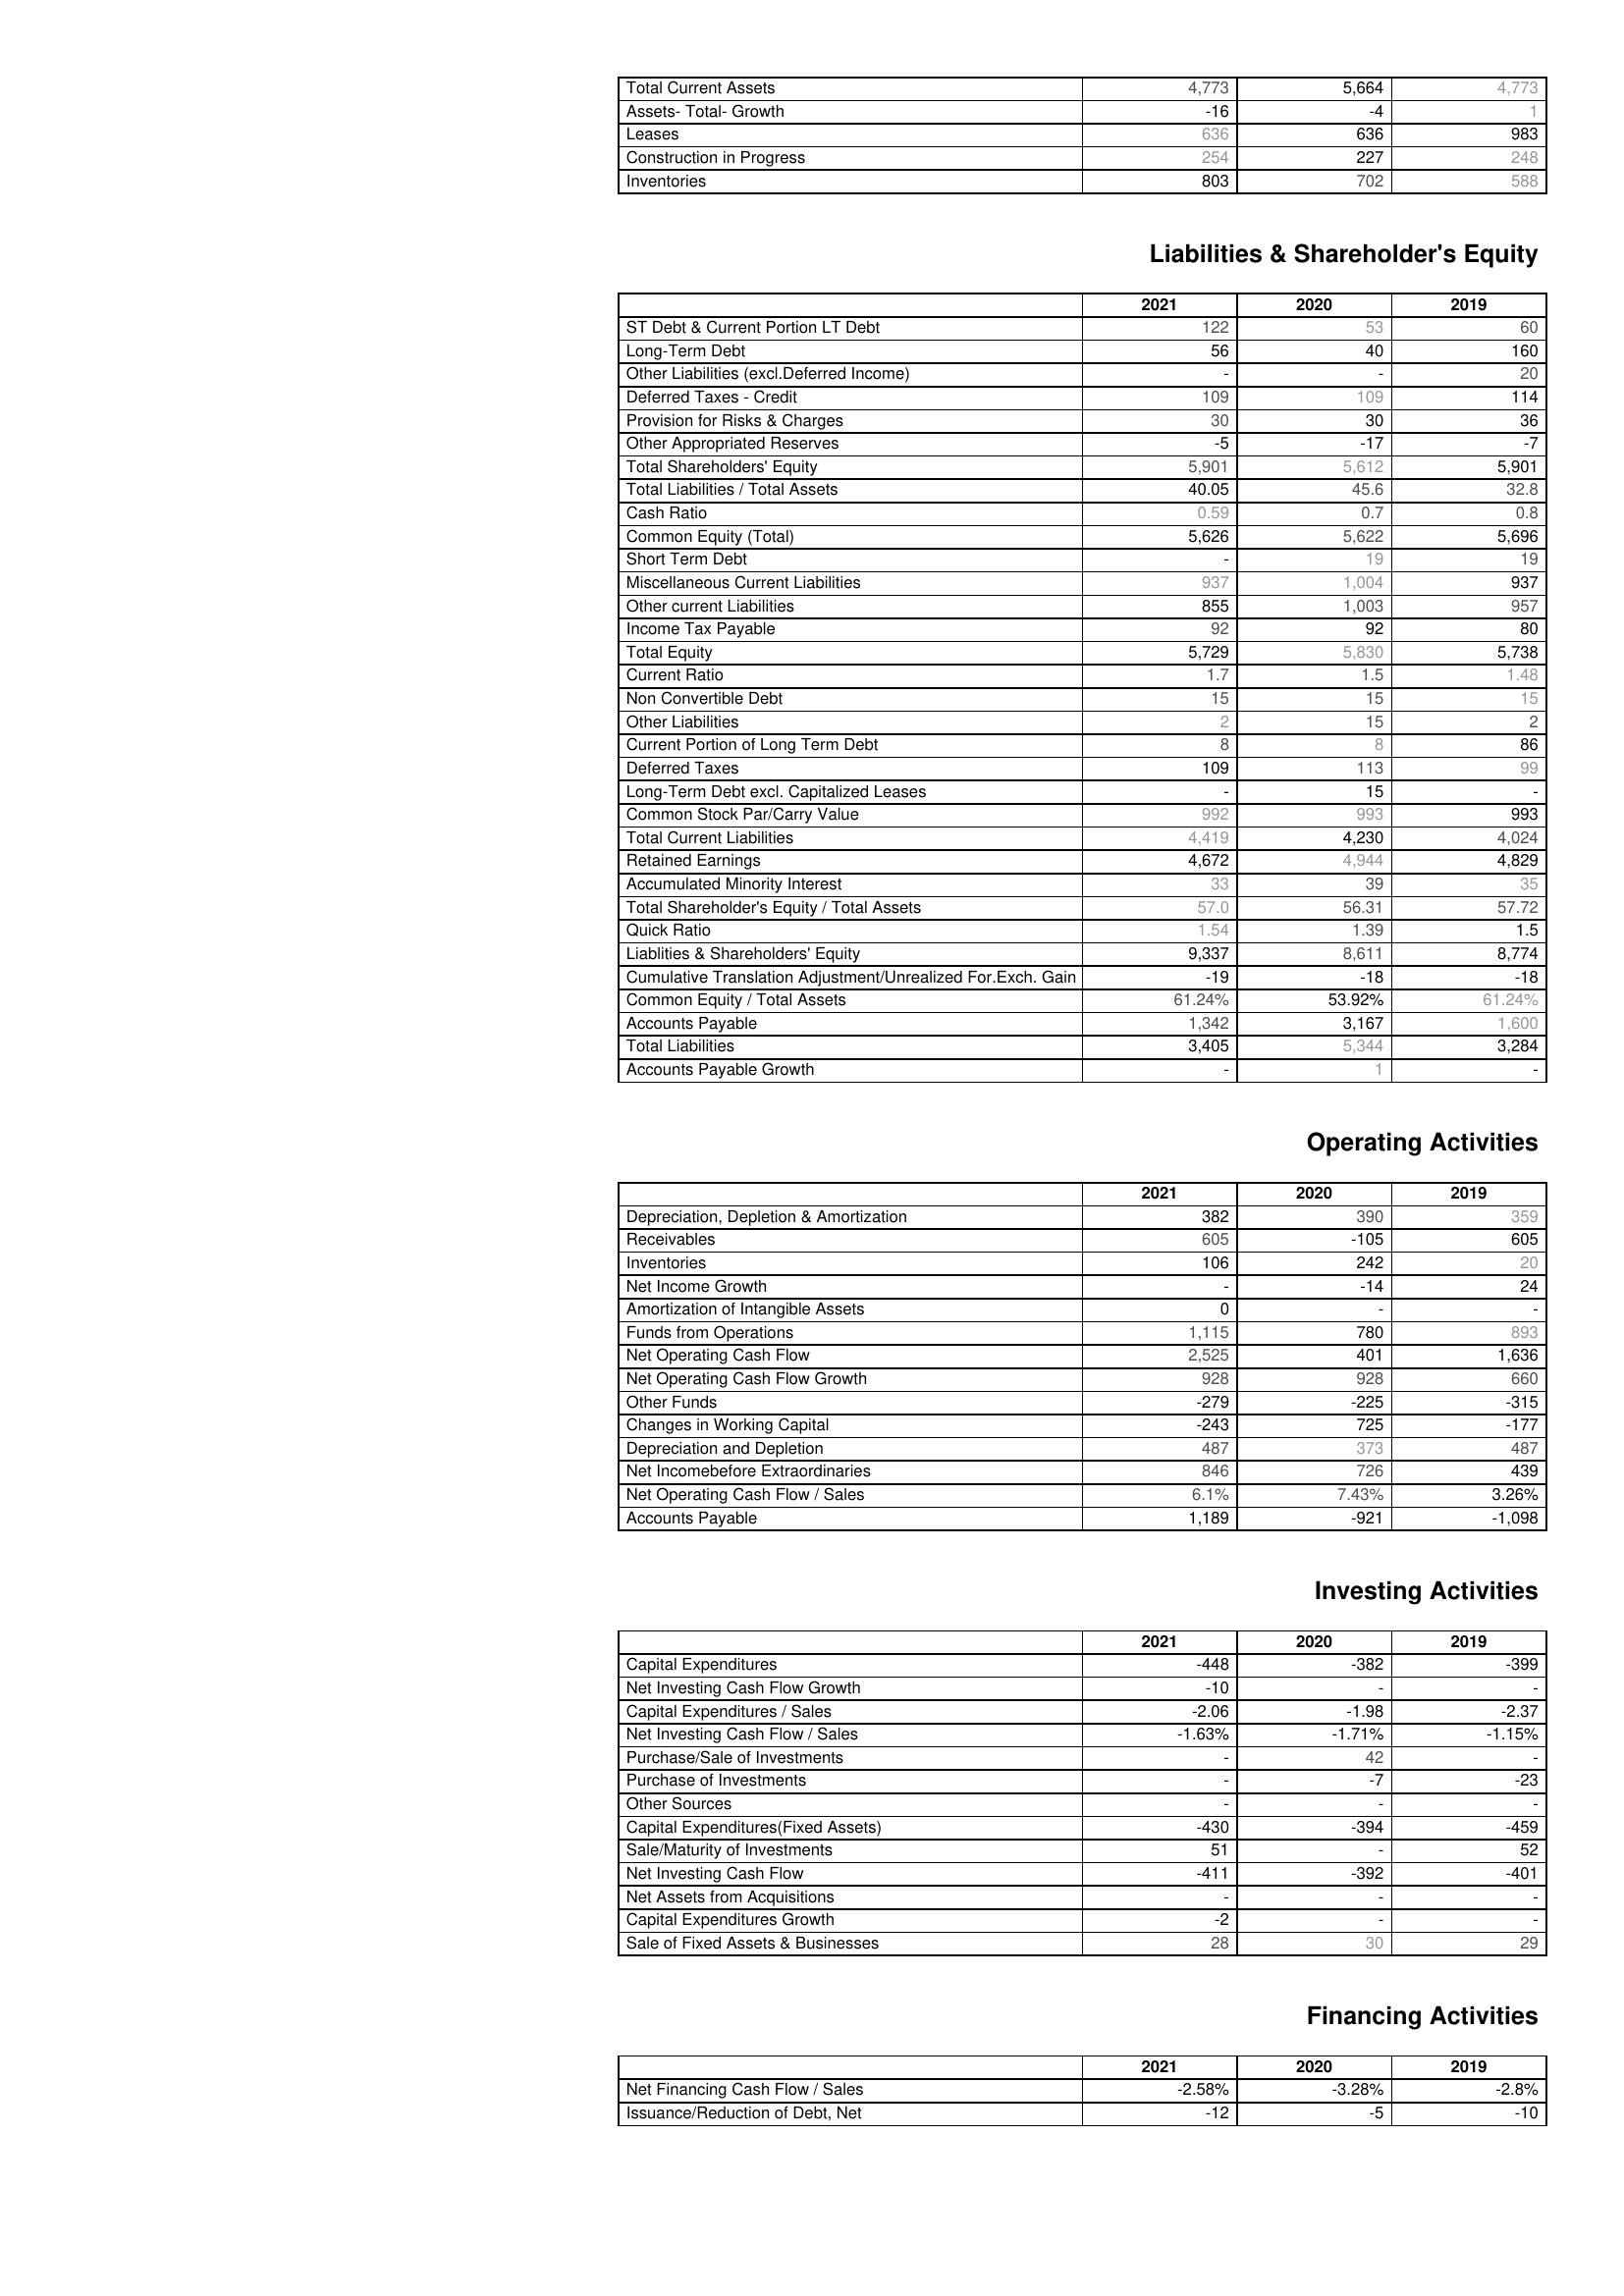
2021: Assets: Total Current Assets: 4,773
Assets- Total- Growth: -16
Leases: 636
Construction in Progress: 254
Inventories: 803
Liabilities & Shareholder's Equity: ST Debt & Current Portion LT Debt: 122
Long-Term Debt: 56
Other Liabilities (excl.Deferred Income): -
Deferred Taxes - Credit: 109
Provision for Risks & Charges: 30
Other Appropriated Reserves: -5
Total Shareholders' Equity: 5,901
Total Liabilities / Total Assets: 40.05
Cash Ratio: 0.59
Common Equity (Total): 5,626
Short Term Debt: -
Miscellaneous Current Liabilities: 937
Other current Liabilities: 855
Income Tax Payable: 92
Total Equity: 5,729
Current Ratio: 1.7
Non Convertible Debt: 15
Other Liabilities: 2
Current Portion of Long Term Debt: 8
Deferred Taxes: 109
Long-Term Debt excl. Capitalized Leases: -
Common Stock Par/Carry Value: 992
Total Current Liabilities: 4,419
Retained Earnings: 4,672
Accumulated Minority Interest: 33
Total Shareholder's Equity / Total Assets: 57.0
Quick Ratio: 1.54
Liablities & Shareholders' Equity: 9,337
Cumulative Translation Adjustment/Unrealized For.Exch. Gain: -19
Common Equity / Total Assets: 61.24%
Accounts Payable: 1,342
Total Liabilities: 3,405
Accounts Payable Growth: -
Operating Activities: Depreciation, Depletion & Amortization: 382
Receivables: 605
Inventories: 106
Net Income Growth: -
Amortization of Intangible Assets: 0
Funds from Operations: 1,115
Net Operating Cash Flow: 2,525
Net Operating Cash Flow Growth: 928
Other Funds: -279
Changes in Working Capital: -243
Depreciation and Depletion: 487
Net Incomebefore Extraordinaries: 846
Net Operating Cash Flow / Sales: 6.1%
Accounts Payable: 1,189
Investing Activities: Capital Expenditures: -448
Net Investing Cash Flow Growth: -10
Capital Expenditures / Sales: -2.06
Net Investing Cash Flow / Sales: -1.63%
Purchase/Sale of Investments: -
Purchase of Investments: -
Other Sources: -
Capital Expenditures(Fixed Assets): -430
Sale/Maturity of Investments: 51
Net Investing Cash Flow: -411
Net Assets from Acquisitions: -
Capital Expenditures Growth: -2
Sale of Fixed Assets & Businesses: 28
Financing Activities: Net Financing Cash Flow / Sales: -2.58%
Issuance/Reduction of Debt, Net: -12
2020: Assets: Total Current Assets: 5,664
Assets- Total- Growth: -4
Leases: 636
Construction in Progress: 227
Inventories: 702
Liabilities & Shareholder's Equity: ST Debt & Current Portion LT Debt: 53
Long-Term Debt: 40
Other Liabilities (excl.Deferred Income): -
Deferred Taxes - Credit: 109
Provision for Risks & Charges: 30
Other Appropriated Reserves: -17
Total Shareholders' Equity: 5,612
Total Liabilities / Total Assets: 45.6
Cash Ratio: 0.7
Common Equity (Total): 5,622
Short Term Debt: 19
Miscellaneous Current Liabilities: 1,004
Other current Liabilities: 1,003
Income Tax Payable: 92
Total Equity: 5,830
Current Ratio: 1.5
Non Convertible Debt: 15
Other Liabilities: 15
Current Portion of Long Term Debt: 8
Deferred Taxes: 113
Long-Term Debt excl. Capitalized Leases: 15
Common Stock Par/Carry Value: 993
Total Current Liabilities: 4,230
Retained Earnings: 4,944
Accumulated Minority Interest: 39
Total Shareholder's Equity / Total Assets: 56.31
Quick Ratio: 1.39
Liablities & Shareholders' Equity: 8,611
Cumulative Translation Adjustment/Unrealized For.Exch. Gain: -18
Common Equity / Total Assets: 53.92%
Accounts Payable: 3,167
Total Liabilities: 5,344
Accounts Payable Growth: 1
Operating Activities: Depreciation, Depletion & Amortization: 390
Receivables: -105
Inventories: 242
Net Income Growth: -14
Amortization of Intangible Assets: -
Funds from Operations: 780
Net Operating Cash Flow: 401
Net Operating Cash Flow Growth: 928
Other Funds: -225
Changes in Working Capital: 725
Depreciation and Depletion: 373
Net Incomebefore Extraordinaries: 726
Net Operating Cash Flow / Sales: 7.43%
Accounts Payable: -921
Investing Activities: Capital Expenditures: -382
Net Investing Cash Flow Growth: -
Capital Expenditures / Sales: -1.98
Net Investing Cash Flow / Sales: -1.71%
Purchase/Sale of Investments: 42
Purchase of Investments: -7
Other Sources: -
Capital Expenditures(Fixed Assets): -394
Sale/Maturity of Investments: -
Net Investing Cash Flow: -392
Net Assets from Acquisitions: -
Capital Expenditures Growth: -
Sale of Fixed Assets & Businesses: 30
Financing Activities: Net Financing Cash Flow / Sales: -3.28%
Issuance/Reduction of Debt, Net: -5
2019: Assets: Total Current Assets: 4,773
Assets- Total- Growth: 1
Leases: 983
Construction in Progress: 248
Inventories: 588
Liabilities & Shareholder's Equity: ST Debt & Current Portion LT Debt: 60
Long-Term Debt: 160
Other Liabilities (excl.Deferred Income): 20
Deferred Taxes - Credit: 114
Provision for Risks & Charges: 36
Other Appropriated Reserves: -7
Total Shareholders' Equity: 5,901
Total Liabilities / Total Assets: 32.8
Cash Ratio: 0.8
Common Equity (Total): 5,696
Short Term Debt: 19
Miscellaneous Current Liabilities: 937
Other current Liabilities: 957
Income Tax Payable: 80
Total Equity: 5,738
Current Ratio: 1.48
Non Convertible Debt: 15
Other Liabilities: 2
Current Portion of Long Term Debt: 86
Deferred Taxes: 99
Long-Term Debt excl. Capitalized Leases: -
Common Stock Par/Carry Value: 993
Total Current Liabilities: 4,024
Retained Earnings: 4,829
Accumulated Minority Interest: 35
Total Shareholder's Equity / Total Assets: 57.72
Quick Ratio: 1.5
Liablities & Shareholders' Equity: 8,774
Cumulative Translation Adjustment/Unrealized For.Exch. Gain: -18
Common Equity / Total Assets: 61.24%
Accounts Payable: 1,600
Total Liabilities: 3,284
Accounts Payable Growth: -
Operating Activities: Depreciation, Depletion & Amortization: 359
Receivables: 605
Inventories: 20
Net Income Growth: 24
Amortization of Intangible Assets: -
Funds from Operations: 893
Net Operating Cash Flow: 1,636
Net Operating Cash Flow Growth: 660
Other Funds: -315
Changes in Working Capital: -177
Depreciation and Depletion: 487
Net Incomebefore Extraordinaries: 439
Net Operating Cash Flow / Sales: 3.26%
Accounts Payable: -1,098
Investing Activities: Capital Expenditures: -399
Net Investing Cash Flow Growth: -
Capital Expenditures / Sales: -2.37
Net Investing Cash Flow / Sales: -1.15%
Purchase/Sale of Investments: -
Purchase of Investments: -23
Other Sources: -
Capital Expenditures(Fixed Assets): -459
Sale/Maturity of Investments: 52
Net Investing Cash Flow: -401
Net Assets from Acquisitions: -
Capital Expenditures Growth: -
Sale of Fixed Assets & Businesses: 29
Financing Activities: Net Financing Cash Flow / Sales: -2.8%
Issuance/Reduction of Debt, Net: -10